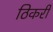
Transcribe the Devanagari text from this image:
ठिकरी